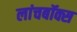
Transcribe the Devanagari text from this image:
लांचबॉक्स